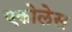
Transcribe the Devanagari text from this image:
एकोलेस